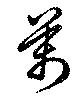
萬